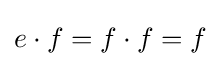
e\cdot f=f\cdot f=f